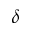
\delta